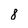
Character: 8